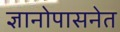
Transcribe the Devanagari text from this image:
ज्ञानोपासनेत